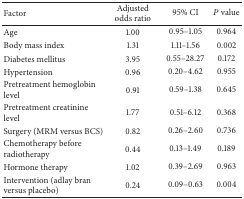
<table><thead><tr><td><b>Factor</b></td><td><b>Adjusted odds ratio</b></td><td><b>95% CI</b></td><td><b><i>P</i> value</b></td></tr></thead><tbody><tr><td>Age </td><td>1.00</td><td>0.95–1.05</td><td>0.964</td></tr><tr><td>Body mass index </td><td>1.31</td><td>1.11–1.56</td><td>0.002</td></tr><tr><td>Diabetes mellitus</td><td>3.95</td><td>0.55–28.27</td><td>0.172</td></tr><tr><td>Hypertension</td><td>0.96</td><td>0.20–4.62</td><td>0.955</td></tr><tr><td>Pretreatment hemoglobin level</td><td>0.91</td><td>0.59–1.38</td><td>0.645</td></tr><tr><td>Pretreatment creatinine level</td><td>1.77</td><td>0.51–6.12</td><td>0.368</td></tr><tr><td>Surgery (MRM versus BCS)</td><td>0.82</td><td>0.26–2.60</td><td>0.736</td></tr><tr><td>Chemotherapy before radiotherapy</td><td>0.44</td><td>0.13–1.49</td><td>0.189</td></tr><tr><td>Hormone therapy </td><td>1.02</td><td>0.39–2.69</td><td>0.963</td></tr><tr><td>Intervention (adlay bran versus placebo)</td><td>0.24</td><td>0.09–0.63</td><td>0.004</td></tr></tbody></table>